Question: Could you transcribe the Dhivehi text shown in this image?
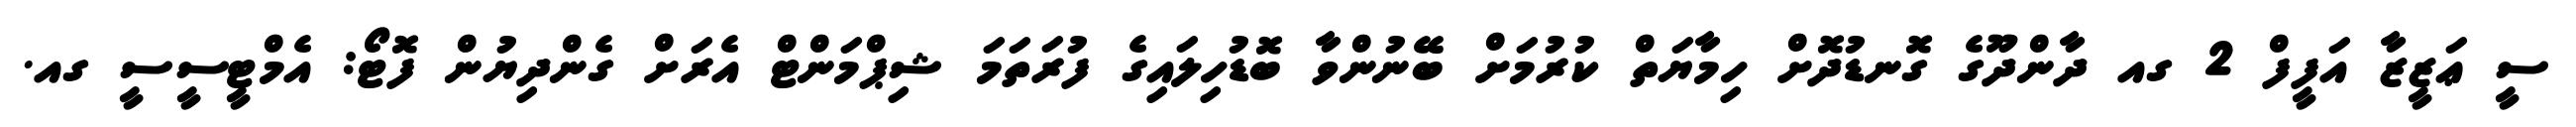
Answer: ސީ ޢަޒީޒާ އަފީފް 2 ގއ ދާންދޫގެ ގޮނޑުދޮށް ހިމާޔަތް ކުރުމަށް ބޭނުންވާ ބޮޑުހިލައިގެ ފުރަތަމަ ޝިޕްމަންޓް އެރަށް ގެންދިޔުން ފޮޓޯ: އެމްޓީސީސީ ގއ.